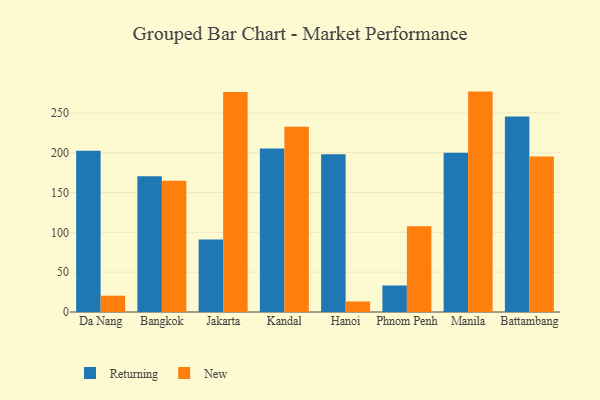
{"axis": {"x": "City", "y": "Waste Production (Tons)"}, "legend": ["New", "Returning"], "data": [{"x": "Da Nang", "y": 202.6, "type": "Returning"}, {"x": "Da Nang", "y": 20.5, "type": "New"}, {"x": "Bangkok", "y": 170.4, "type": "Returning"}, {"x": "Bangkok", "y": 164.8, "type": "New"}, {"x": "Jakarta", "y": 91.0, "type": "Returning"}, {"x": "Jakarta", "y": 276.3, "type": "New"}, {"x": "Kandal", "y": 205.4, "type": "Returning"}, {"x": "Kandal", "y": 232.5, "type": "New"}, {"x": "Hanoi", "y": 198.2, "type": "Returning"}, {"x": "Hanoi", "y": 13.2, "type": "New"}, {"x": "Phnom Penh", "y": 33.3, "type": "Returning"}, {"x": "Phnom Penh", "y": 107.8, "type": "New"}, {"x": "Manila", "y": 200.0, "type": "Returning"}, {"x": "Manila", "y": 276.8, "type": "New"}, {"x": "Battambang", "y": 245.5, "type": "Returning"}, {"x": "Battambang", "y": 195.4, "type": "New"}]}